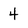
Character: 4